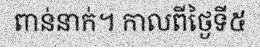
ពាន់នាក់។ កាលពីថ្ងៃទី៥